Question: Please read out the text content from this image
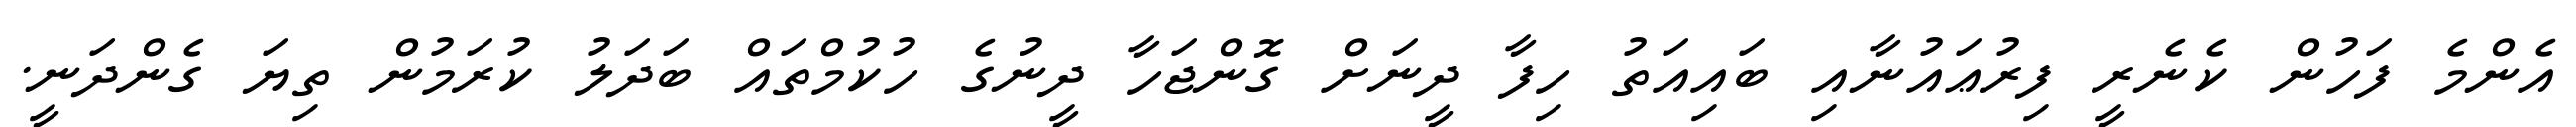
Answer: އެންމެ ފަހުން ކެނެރީ ފިރުޢައުނާއި ބައިއަތު ހިފާ ދީނަށް ގޮންޖަހާ ދީނުގެ ހުކުމްތައް ބަދަލު ކުރަމުން ތިޔަ ގެންދަނީ.